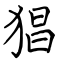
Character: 猖